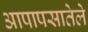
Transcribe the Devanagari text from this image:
आपापसातेले